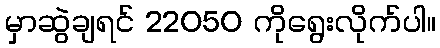
မှာဆွဲချရင် 22050 ကိုရွေးလိုက်ပါ။